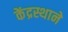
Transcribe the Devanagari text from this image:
केंद्रस्थाने